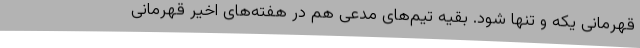
قهرمانی یکه و تنها شود. بقیه تیم‌های مدعی هم در هفته‌های اخیر قهرمانی